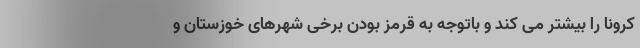
کرونا را بیشتر می کند و باتوجه به قرمز بودن برخی شهرهای خوزستان و